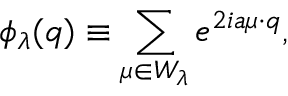
\phi _ { \lambda } ( q ) \equiv \sum _ { \mu \in W _ { \lambda } } e ^ { 2 i a \mu \cdot q } ,